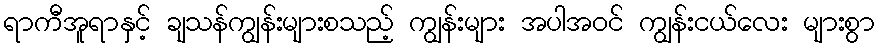
ရာကီအူရာနှင့် ချသန်ကျွန်းများစသည့် ကျွန်းများ အပါအဝင် ကျွန်းငယ်လေး များစွာ